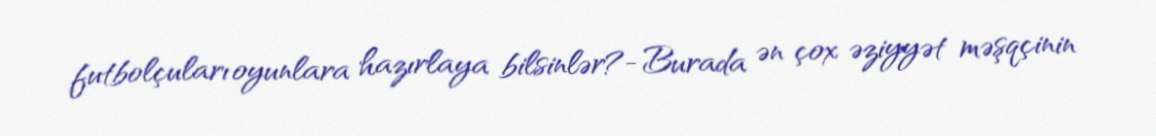
futbolçuları oyunlara hazırlaya bilsinlər?- Burada ən çox əziyyət məşqçinin